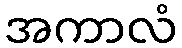
အကာလံ